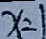
x = 1